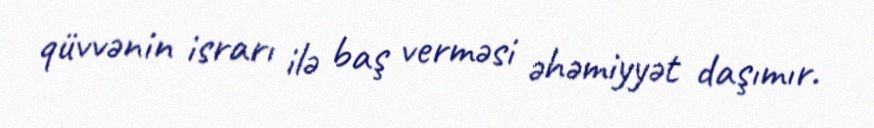
qüvvənin israrı ilə baş verməsi əhəmiyyət daşımır.